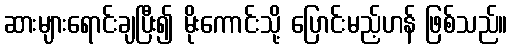
ဆားများရောင်းချပြီး၍ မိုးကောင်းသို့ ပြောင်းမည့်ဟန် ဖြစ်သည်။